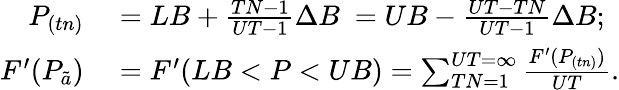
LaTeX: \begin{array}{rl}{P_{(tn)}}&{{}=LB+{\frac{TN-1}{UT-1}}\Delta B\ =UB-{\frac{UT-TN}{UT-1}}\Delta B;}\\ {F^{\prime}(P_{\tilde{a}})}&{{}=F^{\prime}(LB<P<UB)=\sum_{TN=1}^{UT=\infty}{\frac{F^{\prime}(P_{(tn)})}{UT}}.}\end{array}